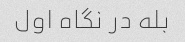
بله در نگاه اول